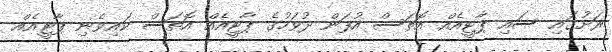
ރަށުގައި ސައި ޕާޓީއެއް އޮތަސް އުފަން ދުވަހުގެ ޕާޓީއެއް އޮތަސް ކައިވެނި ޕާޓީއެއް